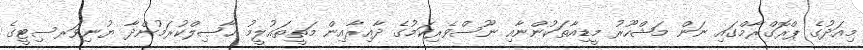
މިއަދުގެ ޕްރޮގްރާމްގައި ނަން މަޝްހޫރު މީޑިއާތަކުންނާއި ނޫސްވެރިކަމުގެ ދާއިރާއިން މަތީތަޢުލީމު ޙާޞިލްކުރަމުންދާ ޔުނިވަރސިޓީގެ